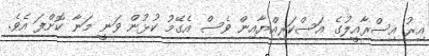
އިރު އިސްރާއީލުގެ އަސްކަރިއްޔާއިން ވެސް އެގޭމު ކުޅުން ވަނީ މަނާ ކޮށްފަ އެވެ.